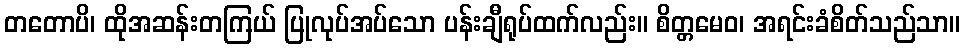
တတောပိ၊ ထိုအဆန်းတကြယ် ပြုလုပ်အပ်သော ပန်းချီရုပ်ထက်လည်း။ စိတ္တမေဝ၊ အရင်းခံစိတ်သည်သာ။